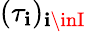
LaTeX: (\tau_{\mathbf{i}})_{\mathbf{i}\inI}